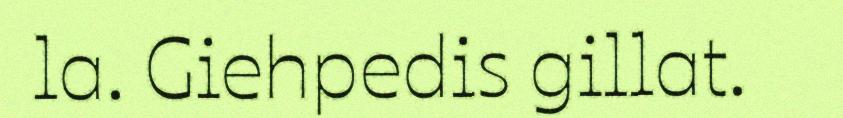
la. Giehpedis gillat.